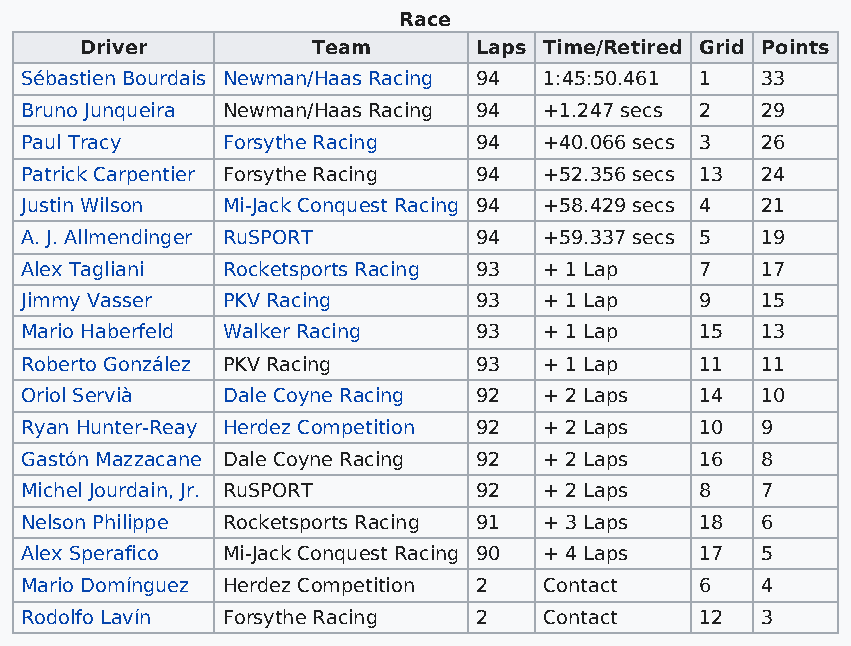
Race
 Driver          Team      Laps Time/Retired Grid Points
 Sébastien Bourdais Newman/Haas Racing 94 1:45:50.461 1 33
 Bruno Junqueira Newman/Haas Racing 94 +1.247 secs 2 29
 Paul Tracy    Forsythe Racing 94   +40.066 secs 3 26
 Patrick Carpentier Forsythe Racing 94 +52.356 secs 13 24
 Justin Wilson Mi-Jack Conquest Racing 94 +58.429 secs 4 21
 A. J. Allmendinger RuSPORT    94   +59.337 secs 5 19
 Alex Tagliani Rocketsports Racing 93 + 1 Lap 7   17
 Jimmy Vasser  PKV Racing      93   + 1 Lap   9   15
 Mario Haberfeld Walker Racing 93   + 1 Lap   15  13
 Roberto González PKV Racing   93   + 1 Lap   11  11
 Oriol Servià  Dale Coyne Racing 92 + 2 Laps  14  10
 Ryan Hunter-Reay Herdez Competition 92 + 2 Laps 10 9
 Gastón Mazzacane Dale Coyne Racing 92 + 2 Laps 16 8
 Michel Jourdain, Jr. RuSPORT  92   + 2 Laps  8   7
 Nelson Philippe Rocketsports Racing 91 + 3 Laps 18 6
 Alex Sperafico Mi-Jack Conquest Racing 90 + 4 Laps 17 5
 Mario Domínguez Herdez Competition 2 Contact 6   4
 Rodolfo Lavín Forsythe Racing 2    Contact   12  3